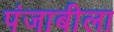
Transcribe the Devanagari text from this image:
पंजाबीला